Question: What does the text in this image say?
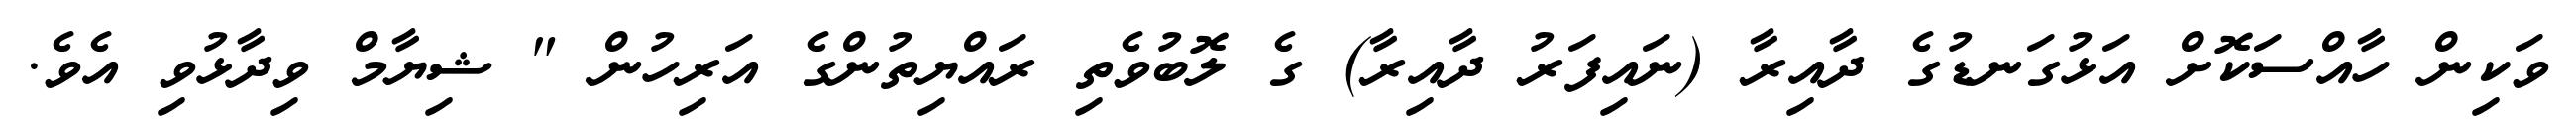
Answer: ވަކިން ހާއްސަކޮށް އަޅުގަނޑުގެ ދާއިރާ (ނައިފަރު ދާއިރާ) ގެ ލޮބުވެތި ރައްޔިތުންގެ އަރިހުން " ޝިޔާމް ވިދާޅުވި އެވެ.